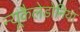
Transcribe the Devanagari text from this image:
न्यूकैलेडोनिया